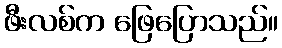
ဖီးလစ်က ဖြေပြောသည်။